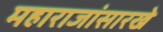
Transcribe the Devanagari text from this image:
महाराजांसारखे